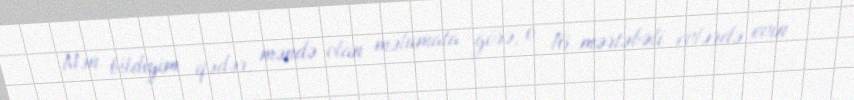
Mən bildiyim qədər, məndə olan məlumata görə, o 16 mərtəbəli evlərdə evin